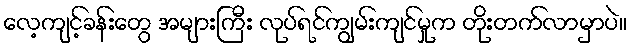
လေ့ကျင့်ခန်းတွေ အများကြီး လုပ်ရင်ကျွမ်းကျင်မှုက တိုးတက်လာမှာပဲ။